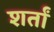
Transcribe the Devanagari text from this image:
शर्तां